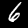
Digit: 6